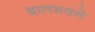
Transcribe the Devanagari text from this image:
बालभवने